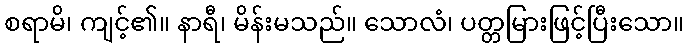
စရာမိ၊ ကျင့်၏။ နာရီ၊ မိန်းမသည်။ သောလံ၊ ပတ္တမြားဖြင့်ပြီးသော။